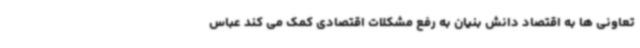
تعاونی ها به اقتصاد دانش بنیان به رفع مشکلات اقتصادی کمک می کند عباس